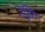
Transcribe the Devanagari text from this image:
रेड्डिंग